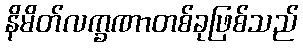
နိမိတ်လက္ခဏာတစ်ခုဖြစ်သည်